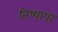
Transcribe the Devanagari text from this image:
निष्पापा